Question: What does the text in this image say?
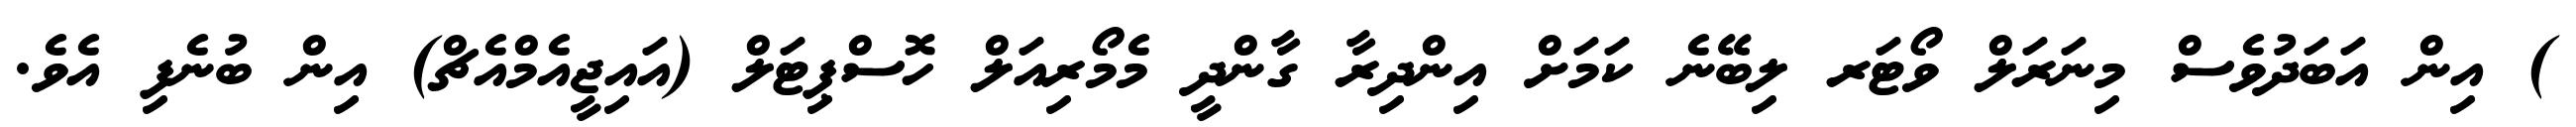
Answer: ) އިން އަބަދުވެސް މިނަރަލް ވޯޓަރ ލިބޭނެ ކަމަށް އިންދިރާ ގާންދީ މެމޯރިއަލް ހޮސްޕިޓަލް (އައިޖީއެމްއެޗް) އިން ބުނެފި އެވެ.